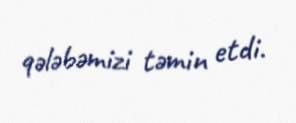
qələbəmizi təmin etdi.